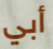
أبي